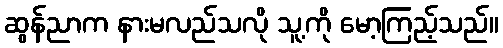
ဆွန်ညာက နားမလည်သလို သူ့ကို မော့ကြည့်သည်။